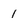
Character: 1